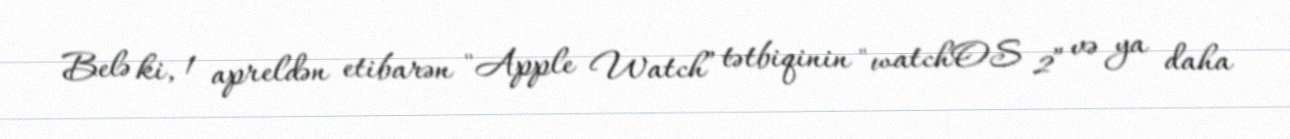
Belə ki, 1 apreldən etibarən "Apple Watch” tətbiqinin "watchOS 2” və ya daha